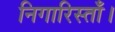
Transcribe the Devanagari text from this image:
निगारिस्ताँ।